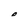
Character: O